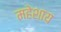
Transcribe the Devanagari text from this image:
महेशाय